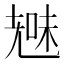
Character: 𮋞